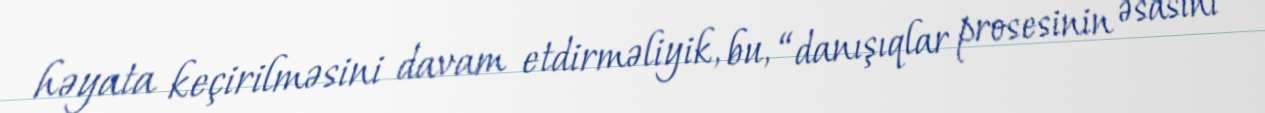
həyata keçirilməsini davam etdirməliyik, bu, “danışıqlar prosesinin əsasını